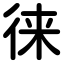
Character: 徕